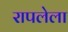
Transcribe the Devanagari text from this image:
रापलेला